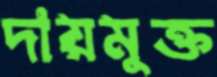
দায়মুক্ত